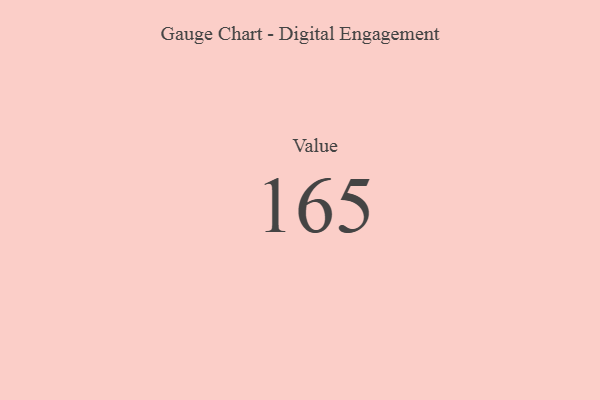
{"axis": {"x": "Metric", "y": "Value"}, "legend": [""], "data": [{"x": "Value", "y": 165, "type": ""}]}